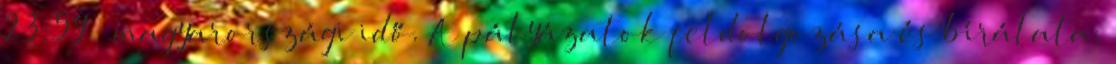
23:59 – magyarországi idő. A pályázatok feldolgozása és bírálata,